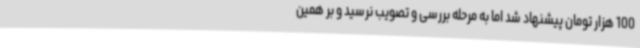
100 هزار تومان پیشنهاد شد اما به مرحله بررسی و تصویب نرسید و بر همین